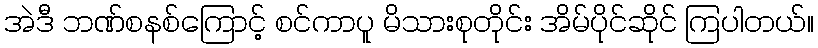
အဲဒီ ဘဏ်စနစ်ကြောင့် စင်ကာပူ မိသားစုတိုင်း အိမ်ပိုင်ဆိုင် ကြပါတယ်။